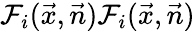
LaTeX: \mathcal{F}_{i}(\vec{x},\vec{n})\mathcal{F}_{i}(\vec{x},\vec{n})